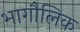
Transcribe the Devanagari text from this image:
भागौलिक